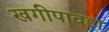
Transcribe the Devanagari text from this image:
खगीपावड़ा